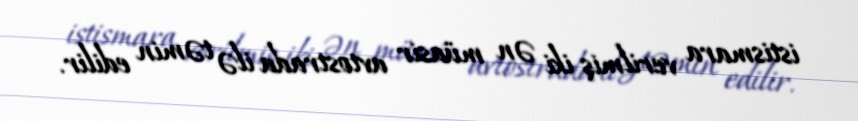
istismara verilmiş iki ən müasir avtostrada ilə təmin edilir.